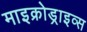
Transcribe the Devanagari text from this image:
माइक्रोड्राइव्स